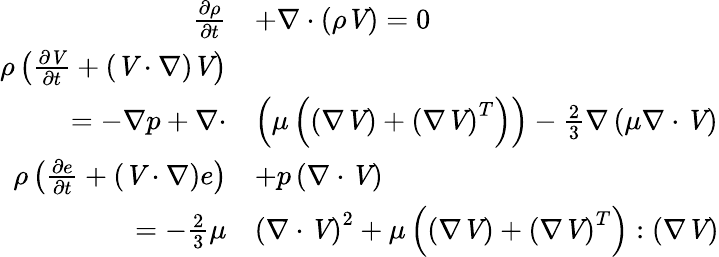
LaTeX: \begin{array}{rl}{\frac{\partial\rho}{\partial t}}&{+\nabla\cdot\left(\rho\textbf{\textit{V}}\right)=0}\\ {\rho\left(\frac{\partial\textbf{\textit{V}}}{\partial t}+\left(\textbf{\textit{V}}\cdot\nabla\right)\textbf{\textit{V}}\right)}&{}\\ {=-\nabla p+\nabla\cdot}&{\left(\mu\left(\left(\nabla\textbf{\textit{V}}\right)+\left(\nabla\textbf{\textit{V}}\right)^{T}\right)\right)-\frac{2}{3}\nabla\left(\mu\nabla\cdot\textbf{\textit{V}}\right)}\\ {\rho\left(\frac{\partial e}{\partial t}+\left(\textbf{\textit{V}}\cdot\nabla\right)e\right)}&{+p\left(\nabla\cdot\textbf{\textit{V}}\right)}\\ {=-\frac{2}{3}\mu}&{\left(\nabla\cdot\textbf{\textit{V}}\right)^{2}+\mu\left(\left(\nabla\textbf{\textit{V}}\right)+\left(\nabla\textbf{\textit{V}}\right)^{T}\right):\left(\nabla\textbf{\textit{V}}\right)}\end{array}